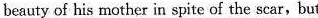
beauty of his mother in spite of the scar, but